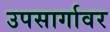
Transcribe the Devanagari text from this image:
उपसार्गावर